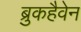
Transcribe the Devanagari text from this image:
ब्रुकहैवेन